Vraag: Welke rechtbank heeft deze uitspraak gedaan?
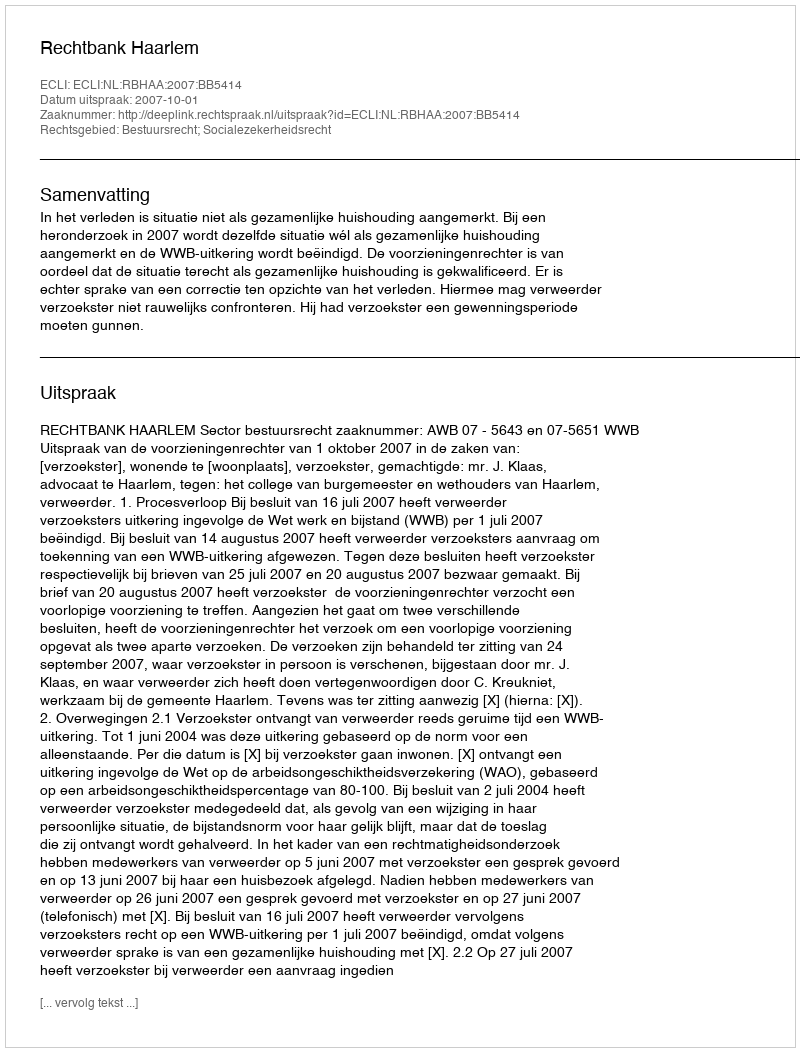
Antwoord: Rechtbank Haarlem